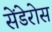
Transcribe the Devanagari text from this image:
सेंडेरोस